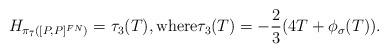
LaTeX: \begin{align*}H_{\pi_7([P, P]^{FN})} = \tau_3(T), \mbox{where} \tau_3(T) = -\dfrac23 (4T + \phi_\sigma(T)).\end{align*}